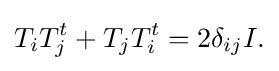
\displaystyle {T_{i}T_{j}^{t}+T_{j}T_{i}^{t}=2\delta _{ij}I.}